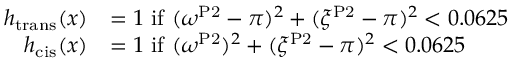
\begin{array} { r l } { h _ { \mathrm { t r a n s } } ( x ) } & { = 1 \ \mathrm { i f } \ ( \omega ^ { \mathrm { P 2 } } - \pi ) ^ { 2 } + ( \xi ^ { \mathrm { P 2 } } - \pi ) ^ { 2 } < 0 . 0 6 2 5 } \\ { h _ { \mathrm { c i s } } ( x ) } & { = 1 \ \mathrm { i f } \ ( \omega ^ { \mathrm { P 2 } } ) ^ { 2 } + ( \xi ^ { \mathrm { P 2 } } - \pi ) ^ { 2 } < 0 . 0 6 2 5 } \end{array}